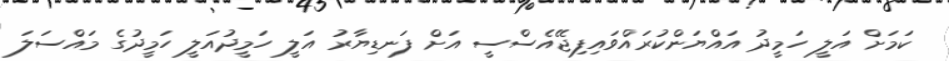
ކަމަށް އަލީ ހަމީދު އައްޔަންކުރައްވައިފިޖޭއެސްސީ އަށް ފަނޑިޔާރު އަލީ ހަމީދުއަލީ ހަމީދުގެ މައްސަލަ